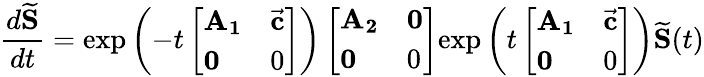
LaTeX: \frac{d\mathbf{\widetilde{S}}}{dt}=\exp\left(-t\left[\begin{array}{ll}{\mathbf{A_{1}}}&{\vec{\mathbf c}}\\ {\mathbf 0}&{0}\end{array}\right]\right)\left[\begin{array}{ll}{\mathbf{A_{2}}}&{\mathbf 0}\\ {\mathbf 0}&{0}\end{array}\right]\mathrm{exp}\left(t\left[\begin{array}{ll}{\mathbf{A_{1}}}&{\vec{\mathbf c}}\\ {\mathbf 0}&{0}\end{array}\right]\right)\mathbf{\widetilde S}(t)